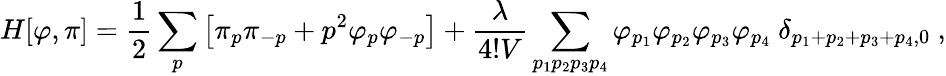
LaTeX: H[\varphi,\pi]=\frac{1}{2}\sum_{p}\left[\pi_{p}\pi_{-p}+p^{2}\varphi_{p}\varphi_{-p}\right]+{\frac{\lambda}{4!V}}\sum_{p_{1}p_{2}p_{3}p_{4}}\varphi_{p_{1}}\varphi_{p_{2}}\varphi_{p_{3}}\varphi_{p_{4}}~\delta_{p_{1}+p_{2}+p_{3}+p_{4},0}~,